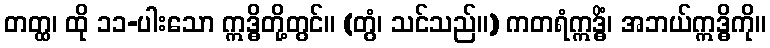
တတ္ထ၊ ထို ၁၁-ပါးသော ဣဒ္ဓိတို့တွင်။ (တွံ၊ သင်သည်။) ကတရံဣဒ္ဓိံ၊ အဘယ်ဣဒ္ဓိကို။